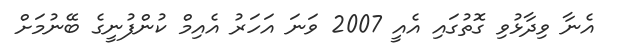
އެނާ ވިދާޅުވި ގޮތުގައި އެއީ 2007 ވަނަ އަހަރު އެއިމް ކުންފުނީގެ ބޭނުމަށް